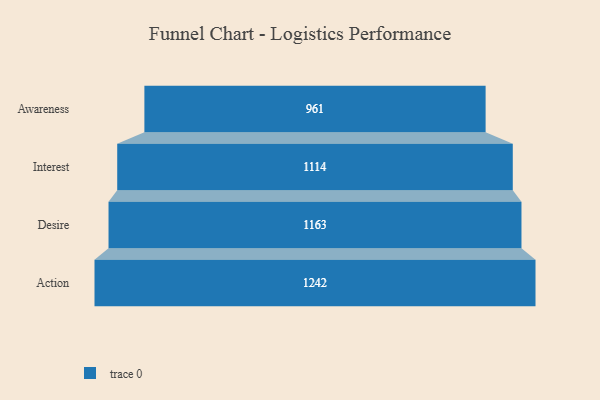
{"axis": {"x": "Stage", "y": "Value"}, "legend": [""], "data": [{"x": "Awareness", "y": 961.0, "type": ""}, {"x": "Interest", "y": 1114.0, "type": ""}, {"x": "Desire", "y": 1163.0, "type": ""}, {"x": "Action", "y": 1242.0, "type": ""}]}